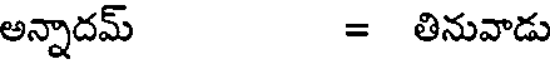
అన్నాదమ్ = తినువాడు